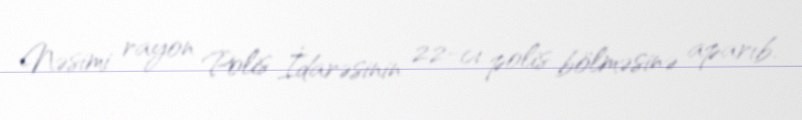
Nəsimi rayon Polis İdarəsinin 22-cı polis bölməsinə aparıb.